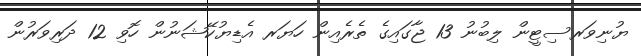
ޔުނިވަރސިޓީން ލިބުނު 13 ޖާގައިގެ ތެރެއިން ހަޔަރ އެޑިޔުކޭޝަނުން ހޮވި 12 ދަރިވަރުން